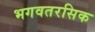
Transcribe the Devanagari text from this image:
भगवतरसिक